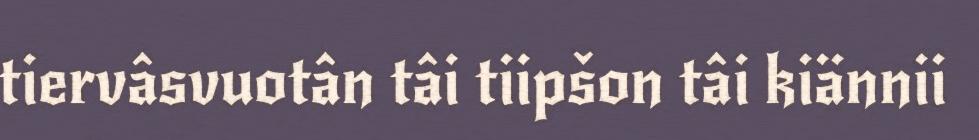
tiervâsvuotân tâi tiipšon tâi kiännii